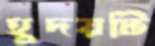
হূদয়টি